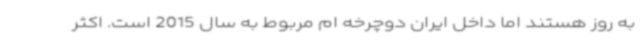
به روز هستند اما داخل ایران دوچرخه ام مربوط به سال 2015 است. اکثر